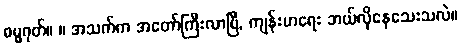
ဓမ္မဂုတ်။ ။ အသက်က အတော်ကြီးလာပြီ, ကျန်းမာရေး ဘယ်လိုနေသေးသလဲ။